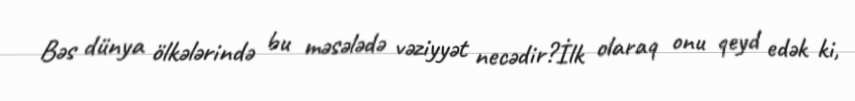
Bəs dünya ölkələrində bu məsələdə vəziyyət necədir?İlk olaraq onu qeyd edək ki,